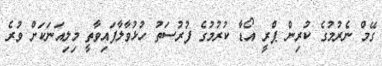
ގޭމް ނެރުމުގެ ކުރިން ޕްރީ އޯޑާ ކުރުމުގެ ފުރުސަތު ހުޅުވާލާފައިވާތީ މިލިއަނަކަށް ވުރެ